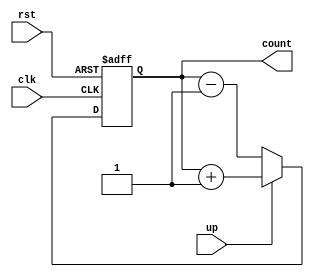
`timescale 1ns / 1ps
module up_down_counter(clk, rst, up, count);
input clk, rst, up; 
parameter N=3;
output reg[N-1:0]count;					// 8 bit counter

always @(posedge clk or posedge rst)
begin
	if(rst)
		count <= 3'b000;
	else
	begin
		if(up)							// if up=1, then counts up
			count <= count+1;
		else								// if up=0, then counts down
			count <= count-1;
	end
end
endmodule